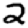
Digit: 2